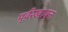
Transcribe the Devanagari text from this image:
पूर्वरेखावृत्त